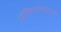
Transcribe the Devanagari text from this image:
ज्योतिषशास्त्राप्रमाणे